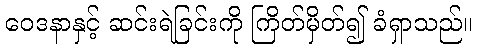
ဝေဒနာနှင့် ဆင်းရဲခြင်းကို ကြိတ်မှိတ်၍ ခံရှာသည်။